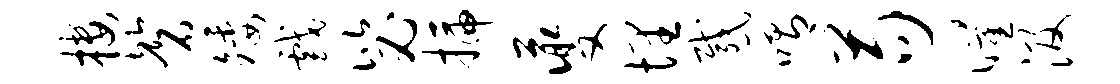
楼磬矮戏毖插夔埋感喟苟曜汲